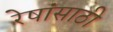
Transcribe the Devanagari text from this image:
रेषांसाठी